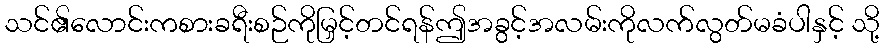
သင်၏လောင်းကစားခရီးစဉ်ကိုမြှင့်တင်ရန်ဤအခွင့်အလမ်းကိုလက်လွတ်မခံပါနှင့် သို့